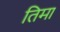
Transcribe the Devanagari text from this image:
तिमा